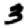
Digit: 3